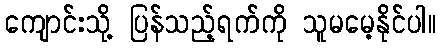
ကျောင်းသို့ ပြန်သည့်ရက်ကို သူမမေ့နိုင်ပါ။